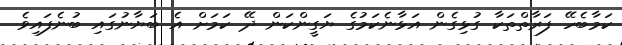
ކަމާބެހޭ ފަރާތްތަކާ ގުޅިގެން އަޅާނެކަމުގެ ޔަގީންކަން ދޭ ކަމަށް އެ ބަޔާނުގައި ބުނެފައިވެ